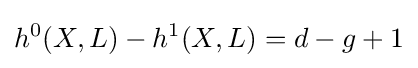
h^{0}(X,L)-h^{1}(X,L)=d-g+1